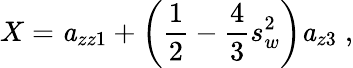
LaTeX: X={\mathit a_{zz1}}+\left({\frac{1}{2}}-{\frac{4}{3}}s_{w}^{2}\right){\mathit a_{z3}}\; ,